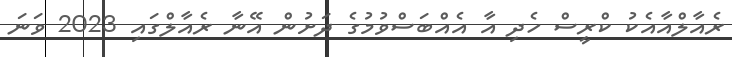
ރެއާލްއާއެކު ކްރީސް ހެދި އާ އެއްބަސްވުމުގެ ދަށުން އޭނާ ރެއާލްގައި 2023 ވަނަ